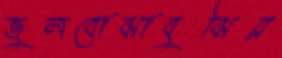
ভুলবোঝাবুঝির